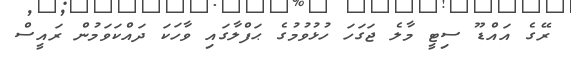
ރޭގެ އައްޑޫ ސިޓީ މާލެ ޖަގަހަ ހުޅުވުމުގެ ޙަފްލާގައި ވާހަކަ ދައްކަވަމުން ރައީސް